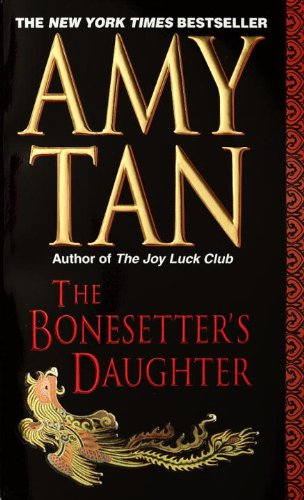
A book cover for The Bonesetter's Daughter; Amy Tan; Literature & Fiction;